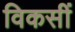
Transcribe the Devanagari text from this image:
विकसीं